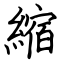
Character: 縮